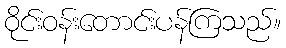
ဝိုင်းဝန်းတောင်းပန်ကြသည်။